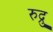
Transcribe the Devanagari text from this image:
रुद्रु